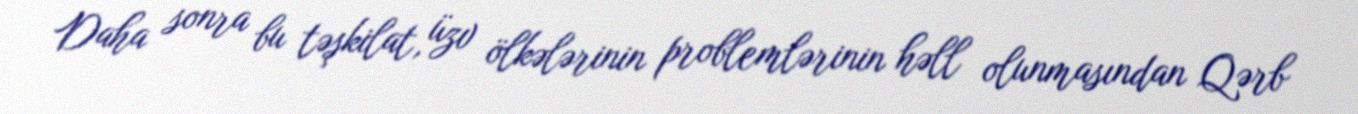
Daha sonra bu təşkilat, üzv ölkələrinin problemlərinin həll olunmasından Qərb